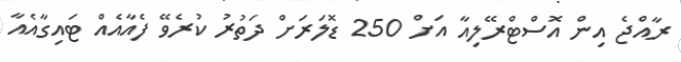
ރާއްޖެ އިން އޮސްޓްރޭލިއާ އަށް 250 ޑޮލަރަށް ދަތުރު ކުރެވޭ ފެއާއެއް ޓައިގާއެއާ